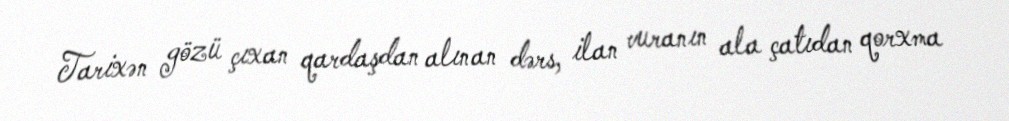
Tarixən gözü çıxan qardaşdan alınan dərs, ilan vuranın ala çatıdan qorxma